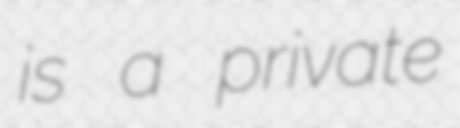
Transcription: is a private